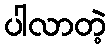
ပါလာတဲ့